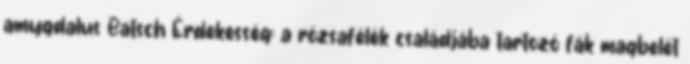
amygdalus Batsch Érdekesség: a rózsafélék családjába tartozó fák magbelét